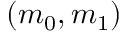
( m _ { 0 } , m _ { 1 } )